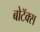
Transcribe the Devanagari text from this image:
बोटॅक्स